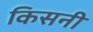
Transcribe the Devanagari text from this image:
किसनी